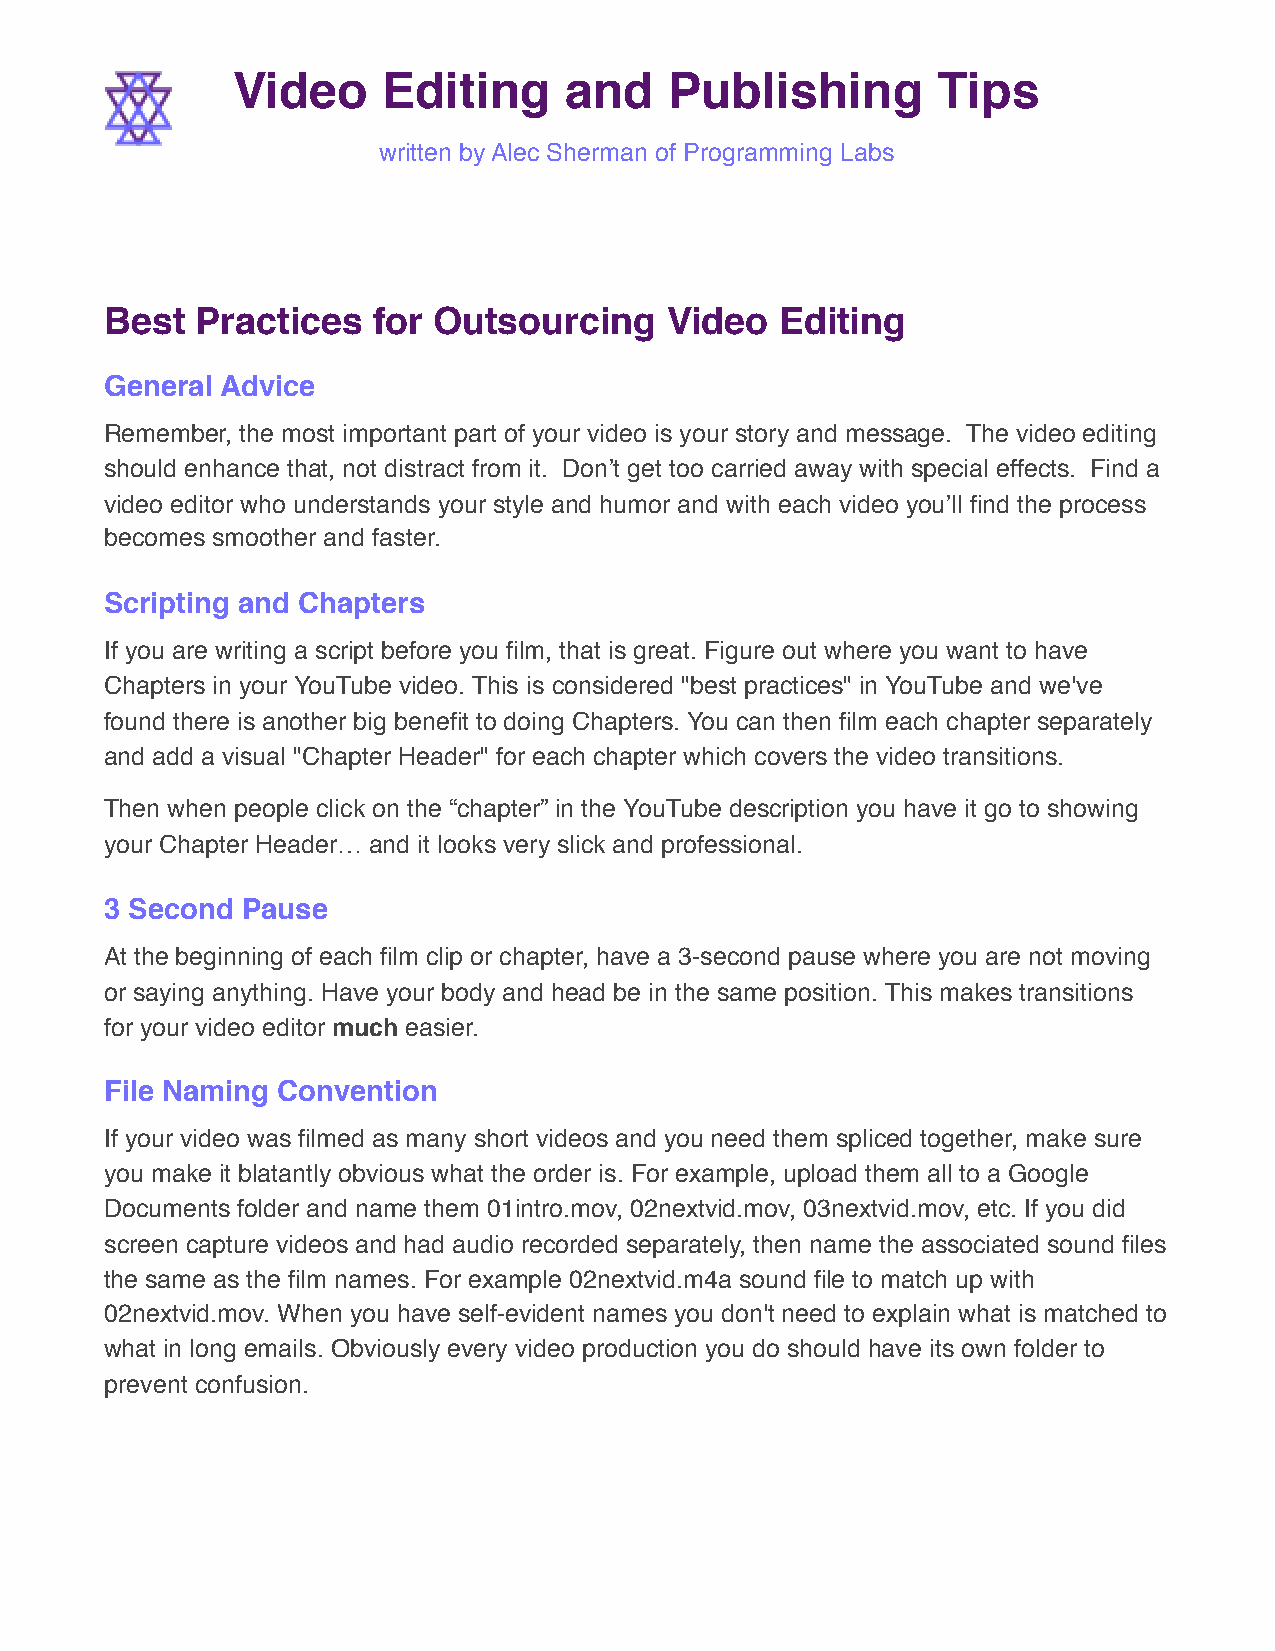
Video     Editing     and    Publishing        Tips
 written by Alec Sherman of Programming Labs
 Best  Practices   for Outsourcing    Video   Editing
 General Advice
 Remember, the most important part of your video is your story and message. The video editing
 should enhance that, not distract from it. Don’t get too carried away with special effects. Find a
 video editor who understands your style and humor and with each video you’ll find the process
 becomes smoother and faster.
 Scripting and Chapters
 If you are writing a script before you film, that is great. Figure out where you want to have
 Chapters in your YouTube video. This is considered "best practices" in YouTube and we've
 found there is another big benefit to doing Chapters. You can then film each chapter separately
 and add a visual "Chapter Header" for each chapter which covers the video transitions.
 Then when people click on the “chapter” in the YouTube description you have it go to showing
 your Chapter Header… and it looks very slick and professional.
 3 Second Pause
 At the beginning of each film clip or chapter, have a 3-second pause where you are not moving
 or saying anything. Have your body and head be in the same position. This makes transitions
 for your video editor much easier.
 File Naming Convention
 If your video was filmed as many short videos and you need them spliced together, make sure
 you make it blatantly obvious what the order is. For example, upload them all to a Google
 Documents folder and name them 01intro.mov, 02nextvid.mov, 03nextvid.mov, etc. If you did
 screen capture videos and had audio recorded separately, then name the associated sound files
 the same as the film names. For example 02nextvid.m4a sound file to match up with
 02nextvid.mov. When you have self-evident names you don't need to explain what is matched to
 what in long emails. Obviously every video production you do should have its own folder to
 prevent confusion.